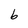
Character: b